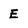
Character: E